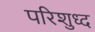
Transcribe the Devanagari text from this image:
परिशुध्द